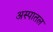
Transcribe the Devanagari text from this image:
अस्पातल